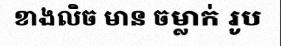
ខាងលិច មាន ចម្លាក់ រូប